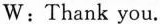
W : Thank you.